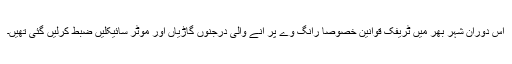
اس دوران شہر بھر میں ٹریفک قوانین خصوصا رانگ وے پر آنے والی درجنوں گاڑیاں اور موٹر سائیکلیں ضبط کرلیں گئی تھیں۔